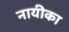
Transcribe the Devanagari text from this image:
नायीका